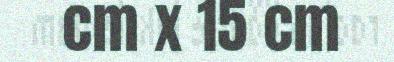
cm x 15 cm